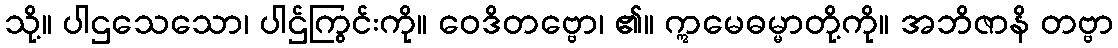
သို့။ ပါဌသေသော၊ ပါဌ်ကြွင်းကို။ ဝေဒိတဗ္ဗော၊ ၏။ ဣမေဓမ္မာတို့ကို။ အဘိဇာနိ တဗ္ဗာ